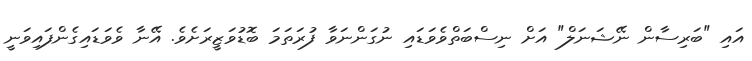
އައި "ބަރިސާން ނޭޝަނަލް" އަށް ނިސްބަތްވެވަޑައި ނުގަންނަވާ ފުރަތަމަ ބޮޑުވަޒީރަށެވެ. އޭނާ ވެވަޑައިގެންފައިވަނީ